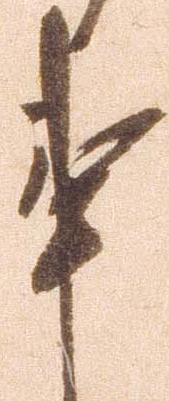
事